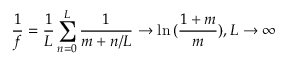
\frac { 1 } { f } = \frac { 1 } { L } \sum _ { n = 0 } ^ { L } \frac { 1 } { m + n / L } \rightarrow \ln { ( \frac { 1 + m } { m } ) } , L \rightarrow \infty